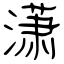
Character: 潇